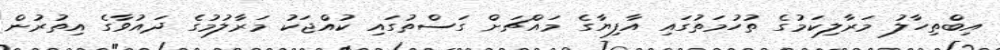
އިބްތިހާލު މަރާލިކަމުގެ ތުހުމަތުގައި އާފިޔާގެ މައްޗަށް ގަސްތުގައި ކުއްޖަކު މަރާލުމުގެ ދައުވާގެ އިތުރުން